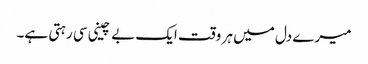
میرے دل میں ہر وقت ایک بے چینی سی رہتی ہے۔